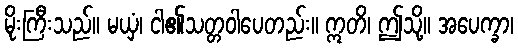
မိုးကြီးသည်။ မယှံ၊ ငါ၏သတ္တဝါပေတည်း။ ဣတိ၊ ဤသို့။ အပေက္ခာ၊